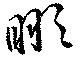
瞰